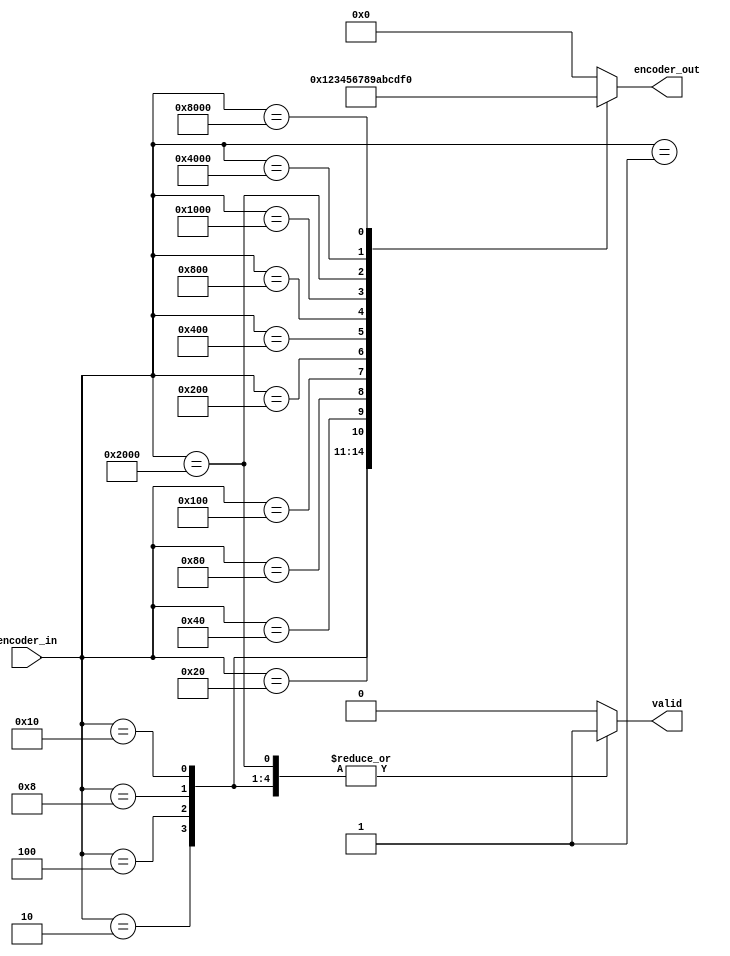
module encoder16to4 (encoder_in,valid,encoder_out);

input [15:0]encoder_in;
output reg valid;
output reg [3:0] encoder_out;


// 0000 --- 0000
// 0001 --- 0001
always @(*) begin
    case(encoder_in)
         16'b0000000000000001 : begin
            valid = 1'b1;
            if (valid) begin
               encoder_out =4'b0000;
            end
         end  
         16'b0000000000000010 : begin
            valid = 1'b1;
            if (valid) begin
               encoder_out =4'b0001;
            end
         end 
         16'b0000000000000100 : begin
            valid = 1'b1;
            if (valid) begin
               encoder_out =4'b0010;
            end
         end 
         16'b0000000000001000 : begin
            valid = 1'b1;
            if (valid) begin
               encoder_out =4'b0011;
            end
         end 
         16'b0000000000010000 :begin
            valid = 1'b1;
            if (valid) begin
               encoder_out =4'b0100;
            end
         end 
         16'b0000000000100000 : begin
            valid = 1'b1;
            if (valid) begin
               encoder_out =4'b0101;
            end
         end 
         16'b0000000001000000 : begin
            valid = 1'b1;
            if (valid) begin
               encoder_out =4'b0110;
            end
         end 
         16'b0000000010000000 : begin
            valid = 1'b1;
            if (valid) begin
               encoder_out =4'b0111;
            end
         end 
         16'b0000000100000000 : begin
            valid = 1'b1;
            if (valid) begin
               encoder_out =4'b1000;
            end
         end 
         16'b0000001000000000 : begin
            valid = 1'b1;
            if (valid) begin
               encoder_out =4'b1001;
            end
         end 
         16'b0000010000000000 : begin
            valid = 1'b1;
            if (valid) begin
               encoder_out =4'b1010;
            end
         end 
         16'b0000100000000000 : begin
            valid = 1'b1;
            if (valid) begin
               encoder_out =4'b1011;
            end
         end 
         16'b0001000000000000 : begin
            valid = 1'b1;
            if (valid) begin
               encoder_out =4'b1100;
            end
         end 
         16'b0010000000000000 : begin
            valid = 1'b1;
            if (valid) begin
               encoder_out =4'b1101;
            end
         end 
         16'b0100000000000000 : begin
            valid = 1'b1;
            if (valid) begin
               encoder_out =4'b1110;
            end
         end 
         16'b1000000000000000 : begin
            valid = 1'b1;
            if (valid) begin
               encoder_out =4'b1111;
            end
         end 
         default: begin
            valid=1'b0;encoder_out =4'b0000;
         end 
         endcase
    end
endmodule